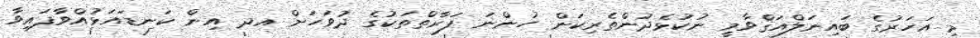
މި އަހަރުގެ ބައިނަލްއަޤްވާމީ ނުކުޅެދުންތެރިކަން ހުންނަ ފަރާތްތަކުގެ ދުވަހަށް އދ އިން ކަނޑައަޅުއްވާފައިވާ